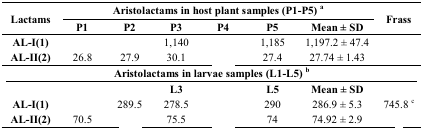
<table><thead><tr><td rowspan="2"><b>Lactams</b></td><td colspan="6"><b>Aristolactams in host plant samples (P1-P5) <sup>a</sup></b></td><td rowspan="2"><b>Frass</b></td></tr><tr><td><b>P1</b></td><td><b>P2</b></td><td><b>P3</b></td><td><b>P4</b></td><td><b>P5</b></td><td><b>Mean ± SD</b></td></tr></thead><tbody><tr><td><b>AL-I(1)</b></td><td>[EMPTY_CELL]</td><td>[EMPTY_CELL]</td><td>1,140</td><td>[EMPTY_CELL]</td><td>1,185</td><td>1,197.2 ± 47.4</td><td>[EMPTY_CELL]</td></tr><tr><td><b>AL-II(2)</b></td><td>26.8</td><td>27.9</td><td>30.1</td><td>[EMPTY_CELL]</td><td>27.4</td><td>27.74 ± 1.43</td><td>[EMPTY_CELL]</td></tr><tr><td colspan="8"><b>Aristolactams in larvae samples (L1-L5) <sup>b</sup></b></td></tr><tr><td>[EMPTY_CELL]</td><td>[EMPTY_CELL]</td><td>[EMPTY_CELL]</td><td><b>L3</b></td><td>[EMPTY_CELL]</td><td><b>L5</b></td><td><b>Mean ± SD</b></td><td>[EMPTY_CELL]</td></tr><tr><td><b>AL-I(1)</b></td><td>[EMPTY_CELL]</td><td>289.5</td><td>278.5</td><td>[EMPTY_CELL]</td><td>290</td><td>286.9 ± 5.3</td><td>745.8 <sup>c</sup></td></tr><tr><td><b>AL-II(2)</b></td><td>70.5</td><td>[EMPTY_CELL]</td><td>75.5</td><td>[EMPTY_CELL]</td><td>74</td><td>74.92 ± 2.9</td><td>[EMPTY_CELL]</td></tr></tbody></table>